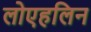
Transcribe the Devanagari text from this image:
लोएहलिन